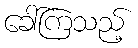
ခေါ်ကြသည့်